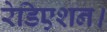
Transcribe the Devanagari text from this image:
रेडिएशन।